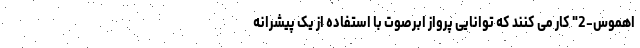
اهموس-2" کار می کنند که توانایی پرواز ابرصوت با استفاده از یک پیشرانه